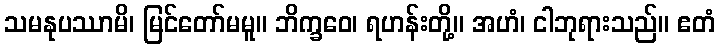
သမနုပဿာမိ၊ မြင်တော်မမူ။ ဘိက္ခဝေ၊ ရဟန်းတို့။ အဟံ၊ ငါဘုရားသည်။ ဧတံ